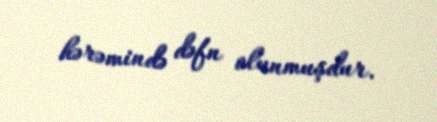
hərəmində dəfn olunmuşdur.